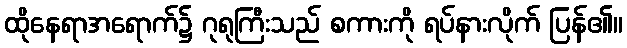
ထိုနေရာအရောက်၌ ဂုရုကြီးသည် စကားကို ရပ်နားလိုက် ပြန်၏။